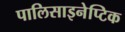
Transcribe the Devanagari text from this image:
पालिसाइनेप्टिक